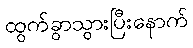
ထွက်ခွာသွားပြီးနောက်